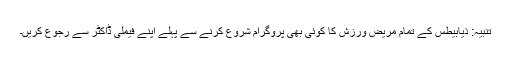
تنبیہ: ذیابیطس کے تمام مریض ورزش کا کوئی بھی پروگرام شروع کرنے سے پہلے اپنے فیملی ڈاکٹر سے رجوع کریں۔